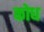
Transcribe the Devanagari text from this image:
कोध